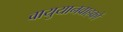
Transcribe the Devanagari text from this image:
वायुयानवाहकों